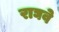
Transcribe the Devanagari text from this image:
राघवे